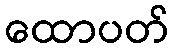
ထောပတ်